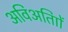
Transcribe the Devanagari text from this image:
अविअतािों